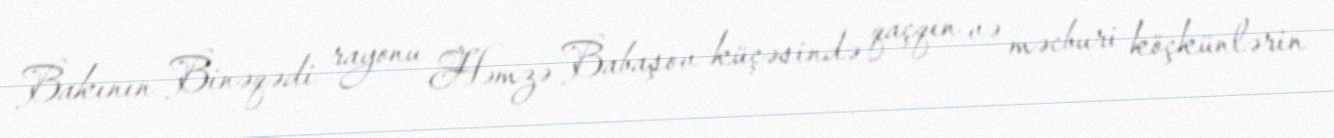
Bakının Binəqədi rayonu Həmzə Babaşov küçəsində qaçqın və məcburi köçkünlərin